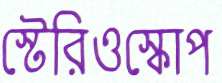
স্টেরিওস্কোপ